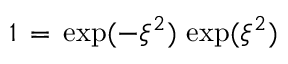
1 \, = \, \exp ( - \xi ^ { 2 } ) \, \exp ( \xi ^ { 2 } )